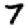
Digit: 7